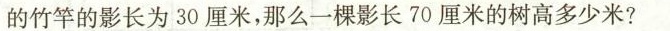
的竹竿的影长为30厘米，那么一棵影长70厘米的树高多少米?